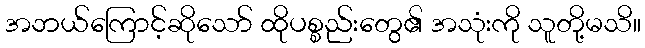
အဘယ်ကြောင့်ဆိုသော် ထိုပစ္စည်းတွေ၏ အသုံးကို သူတို့မသိ။